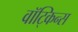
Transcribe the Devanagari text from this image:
वॉट्किन्स